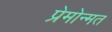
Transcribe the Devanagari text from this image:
प्रेमोन्मत